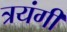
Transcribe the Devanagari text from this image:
त्रयंगी